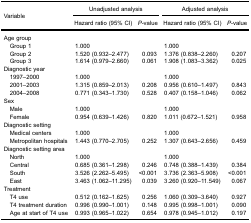
<table><thead><tr><td rowspan="3"><b>Variable</b></td><td colspan="2"><b>Unadjusted analysis</b></td><td colspan="2"><b>Adjusted analysis</b></td></tr><tr><td><b>Hazard ratio (95% CI)</b></td><td><b><i>P</i>-value</b></td><td><b>Hazard ratio (95% CI)</b></td><td><b><i>P</i>-value</b></td></tr></thead><tbody><tr><td colspan="5">Age group</td></tr><tr><td> Group 1</td><td>1.000</td><td> </td><td>1.000</td><td> </td></tr><tr><td> Group 2</td><td>1.520 (0.932–2.477)</td><td>0.093</td><td>1.376 (0.838–2.260)</td><td>0.207</td></tr><tr><td> Group 3</td><td>1.614 (0.979–2.660)</td><td>0.061</td><td>1.908 (1.083–3.362)</td><td>0.025</td></tr><tr><td colspan="5">Diagnostic year</td></tr><tr><td> 1997–2000</td><td>1.000</td><td> </td><td>1.000</td><td> </td></tr><tr><td> 2001–2003</td><td>1.315 (0.859–2.013)</td><td>0.208</td><td>0.956 (0.610–1.497)</td><td>0.843</td></tr><tr><td> 2004–2008</td><td>0.771 (0.343–1.730)</td><td>0.528</td><td>0.407 (0.158–1.046)</td><td>0.062</td></tr><tr><td colspan="5">Sex</td></tr><tr><td> Male</td><td>1.000</td><td> </td><td>1.000</td><td> </td></tr><tr><td> Female</td><td>0.954 (0.639–1.426)</td><td>0.820</td><td>1.011 (0.672–1.521)</td><td>0.958</td></tr><tr><td colspan="5">Diagnostic setting</td></tr><tr><td> Medical centers</td><td>1.000</td><td> </td><td>1.000</td><td> </td></tr><tr><td> Metropolitan hospitals</td><td>1.443 (0.770–2.705)</td><td>0.252</td><td>1.307 (0.643–2.656)</td><td>0.459</td></tr><tr><td colspan="5">Diagnostic setting area</td></tr><tr><td> North</td><td>1.000</td><td> </td><td>1.000</td><td> </td></tr><tr><td> Central</td><td>0.685 (0.361–1.298)</td><td>0.246</td><td>0.748 (0.388–1.439)</td><td>0.384</td></tr><tr><td> South</td><td>3.526 (2.262–5.495)</td><td>&lt;0.001</td><td>3.736 (2.363–5.908)</td><td>&lt;0.001</td></tr><tr><td> East</td><td>3.463 (1.062–11.295)</td><td>0.039</td><td>3.260 (0.920–11.549)</td><td>0.067</td></tr><tr><td colspan="5">Treatment</td></tr><tr><td> T4 use</td><td>0.512 (0.162–1.625)</td><td>0.256</td><td>1.060 (0.309–3.640)</td><td>0.927</td></tr><tr><td> T4 treatment duration</td><td>0.996 (0.990–1.001)</td><td>0.148</td><td>0.995 (0.998–1.001)</td><td>0.090</td></tr><tr><td> Age at start of T4 use</td><td>0.993 (0.965–1.022)</td><td>0.654</td><td>0.978 (0.945–1.012)</td><td>0.197</td></tr></tbody></table>